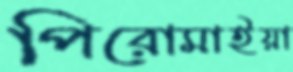
পিরোমাইয়া